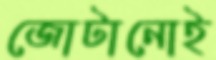
জোটানোই